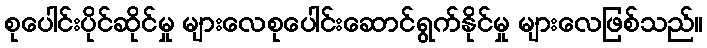
စုပေါင်းပိုင်ဆိုင်မှု များလေစုပေါင်းဆောင်ရွက်နိုင်မှု များလေဖြစ်သည်။